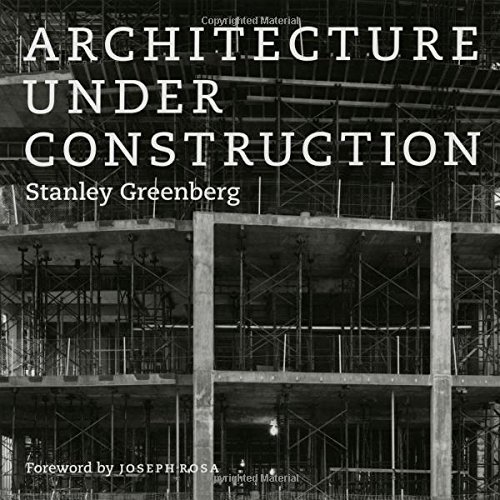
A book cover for Architecture under Construction; Stanley Greenberg; Arts & Photography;